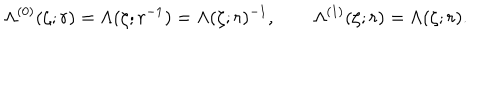
\Lambda ^ { ( 0 ) } ( \zeta ; r ) = \Lambda ( \zeta ; r ^ { - 1 } ) = \Lambda ( \zeta ; r ) ^ { - 1 } , \qquad \Lambda ^ { ( 1 ) } ( \zeta ; r ) = \Lambda ( \zeta ; r ) .